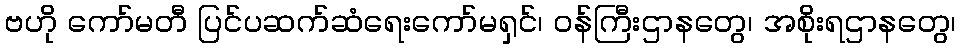
ဗဟို ကော်မတီ ပြင်ပဆက်ဆံရေးကော်မရှင်၊ ဝန်ကြီးဌာနတွေ၊ အစိုးရဌာနတွေ၊